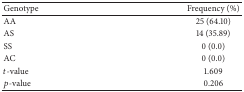
| Genotype | Frequency (%) |
 | --- | --- |
 | AA | 25 (64.10) |
 | AS | 14 (35.89) |
 | SS | 0 (0.0) |
 | AC | 0 (0.0) |
 | t-value | 1.609 |
 | p-value | 0.206 |